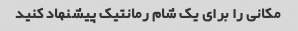
مکانی را برای یک شام رمانتیک پیشنهاد کنید